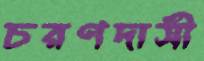
চরণদাসী